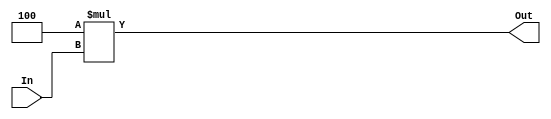
module ShiftLeftBranch(input[31:0] In ,output [31:0] Out);
assign Out = 4*In ;
endmodule

module ShiftLeftBranchTest;
reg[31:0]In;wire[31:0]Out;
initial 
begin
$monitor("Out %b",Out);
#10
In= 32'b11110000111100001111000011110000 ;
#10
In= 32'b11110000111100001111000011111111 ;
#10
In= 32'b11110000111100001111000011111010 ;
end 
ShiftLeftBranch B1(In ,Out);
endmodule